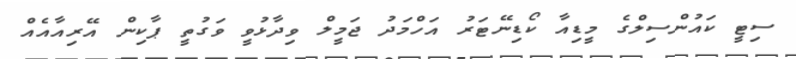
ސިޓީ ކައުންސިލްގެ މީޑިއާ ކޯޑިނޭޓަރު އަހްމަދު ޖަމީލް ވިދާޅުވީ ވަގުތީ ޕާކިން އޭރިއާއެއް